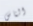
الناس